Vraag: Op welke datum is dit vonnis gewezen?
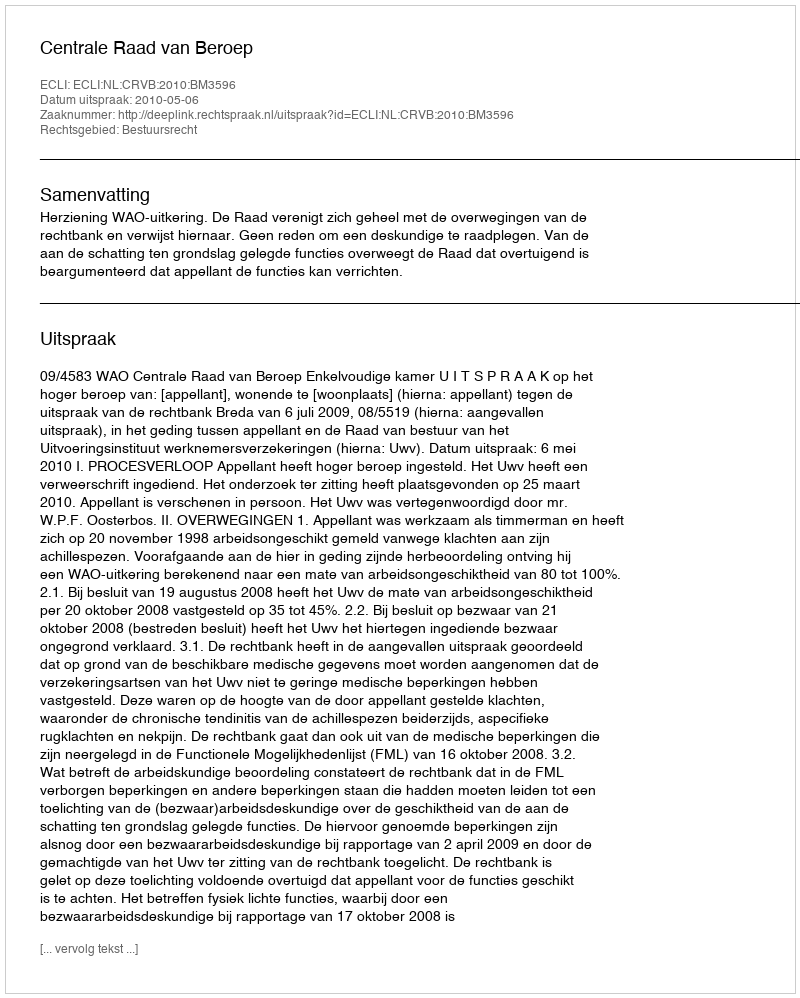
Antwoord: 2010-05-06